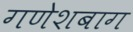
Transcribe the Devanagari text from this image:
गणेशबाग